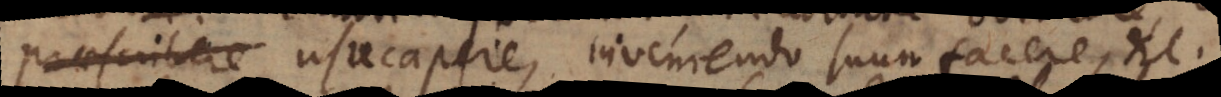
praescribere usucapere, inveniendo suum facere, etc.